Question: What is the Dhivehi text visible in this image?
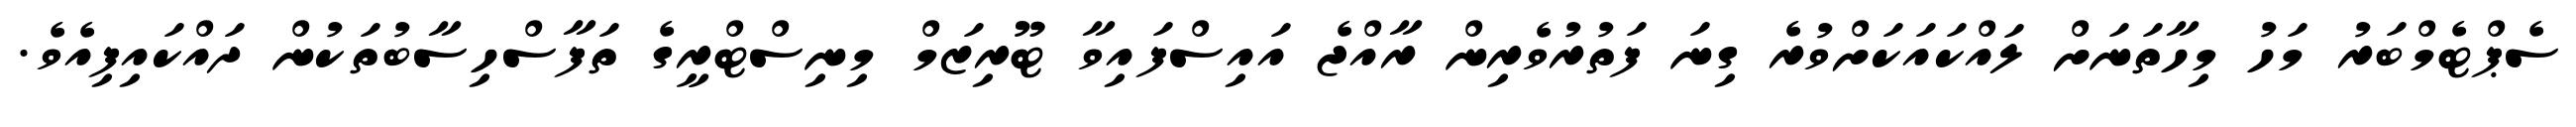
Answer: ސެޕްޓެމްބަރު މަހު މިހާތަނަށް ލައްކައަކަށްވުރެ ގިނަ ފަތުރުވެރިން ރާއްޖެ އައިސްފައިވާ ޓޫރިޒަމް މިނިސްޓްރީގެ ތަފާސްހިސާބުތަކުން ދައްކައިފިއެވެ.